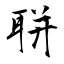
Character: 聠